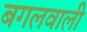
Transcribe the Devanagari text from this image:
बगलवाली